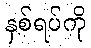
နှစ်ရပ်ကို